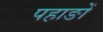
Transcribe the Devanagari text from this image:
पहाङों